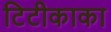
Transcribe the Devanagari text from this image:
टिटीकाका